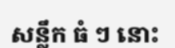
សន្លឹក ធំ ៗ នោះ